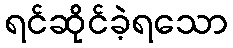
ရင်ဆိုင်ခဲ့ရသော